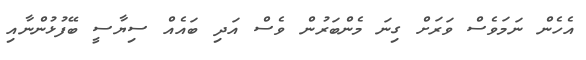
އެހެން ނަމަވެސް ވަރަށް ގިނަ މެންބަރުން ވެސް އަދި ބައެއް ސިޔާސީ ބޭފުޅުންނާއި